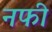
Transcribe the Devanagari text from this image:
नफी